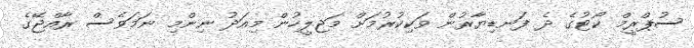
ސުޕްރީމް ކޯޓުގެ ދެ ފަނޑިޔާރުން ވަކިކުރުމަށް މަޖިލީހުން މިއަދު ނިންމި ނަމަވެސް ރާއްޖޭގެ